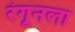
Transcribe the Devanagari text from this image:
रंगूनला